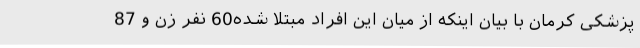
پزشکی کرمان با بیان اینکه از میان این افراد مبتلا شده60 نفر زن و 87